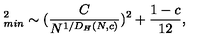
\protectE _ { m i n } ^ { 2 } \sim ( { \frac { C } { N ^ { 1 / D _ { H } ( N , c ) } } } ) ^ { 2 } + { \frac { 1 - c } { 1 2 } } ,